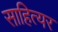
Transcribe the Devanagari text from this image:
साहित्यर